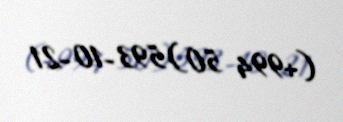
(+994 50) 593-10-21